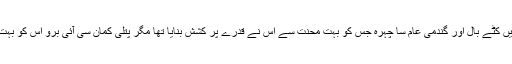
کندھوں تک اسٹیپ میں کٹے بال اور گندمی عام سا چہرہ جس کو بہت محنت سے اس نے قدرے پر کشش بنایا تھا مگر پتلی کمان سی آئی برو اس کو بہت شاطر دکھاتی تھیں۔